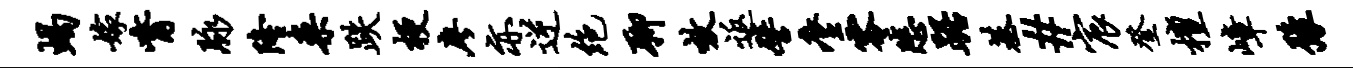
蝎嫁觜脉隆案跌梗廖亦逆绝聊效返譬麈零悲踞基#宸登檀嶂豫